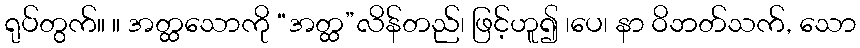
ရုပ်တွက်။ ။ အတ္ထသောကို “အတ္ထ”လိန်တည်၊ ဖြင့်ဟူ၍ ၊ပေ၊ နာ ဝိဘတ်သက်, သော